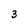
Character: 3